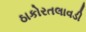
ઠાકોરતલાવડી